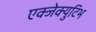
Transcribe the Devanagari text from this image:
एक्जेक्युटिभ